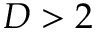
D > 2